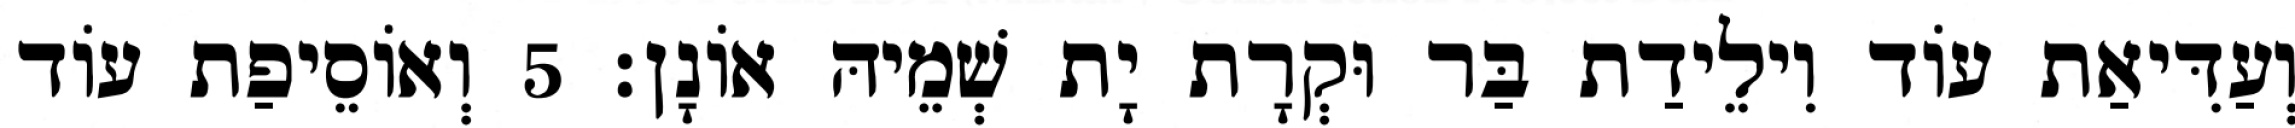
וְעַדִּיאַת עוֹד וִילֵידַת בַּר וּקְרָת יָת שְׁמֵיהּ אוֹנָן׃ 5 וְאוֹסֵיפַת עוֹד